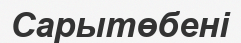
Сарытөбені